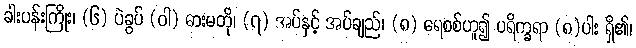
ခါးပန်းကြိုး၊ (၆) ပဲခွပ် (ဝါ) ဓားမတို၊ (၇) အပ်နှင့် အပ်ချည်၊ (၈) ရေစစ်ဟူ၍ ပရိက္ခရာ (၈)ပါး ရှိ၏၊